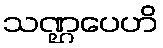
သဏ္ဌပေဟိ